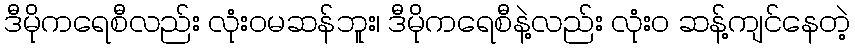
ဒီမိုကရေစီလည်း လုံးဝမဆန်ဘူး၊ ဒီမိုကရေစီနဲ့လည်း လုံးဝ ဆန့်ကျင်နေတဲ့